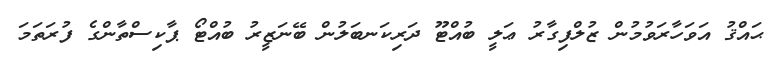
ޙައްޤު އަވަހާރަވުމުން ޒުލްފިގާރު ޢަލީ ބުއްޓޫ ދަރިކަނބަލުން ބޭނަޒީރު ބުއްޓޯ ޕާކިސްތާންގެ ފުރަތަމަ